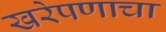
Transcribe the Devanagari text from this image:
खरेपणाचा